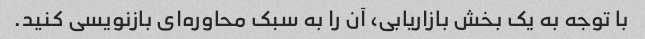
با توجه به یک بخش بازاریابی، آن را به سبک محاوره‌ای بازنویسی کنید.